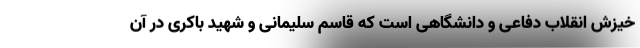
خیزش انقلاب دفاعی و دانشگاهی است که قاسم سلیمانی و شهید باکری در آن